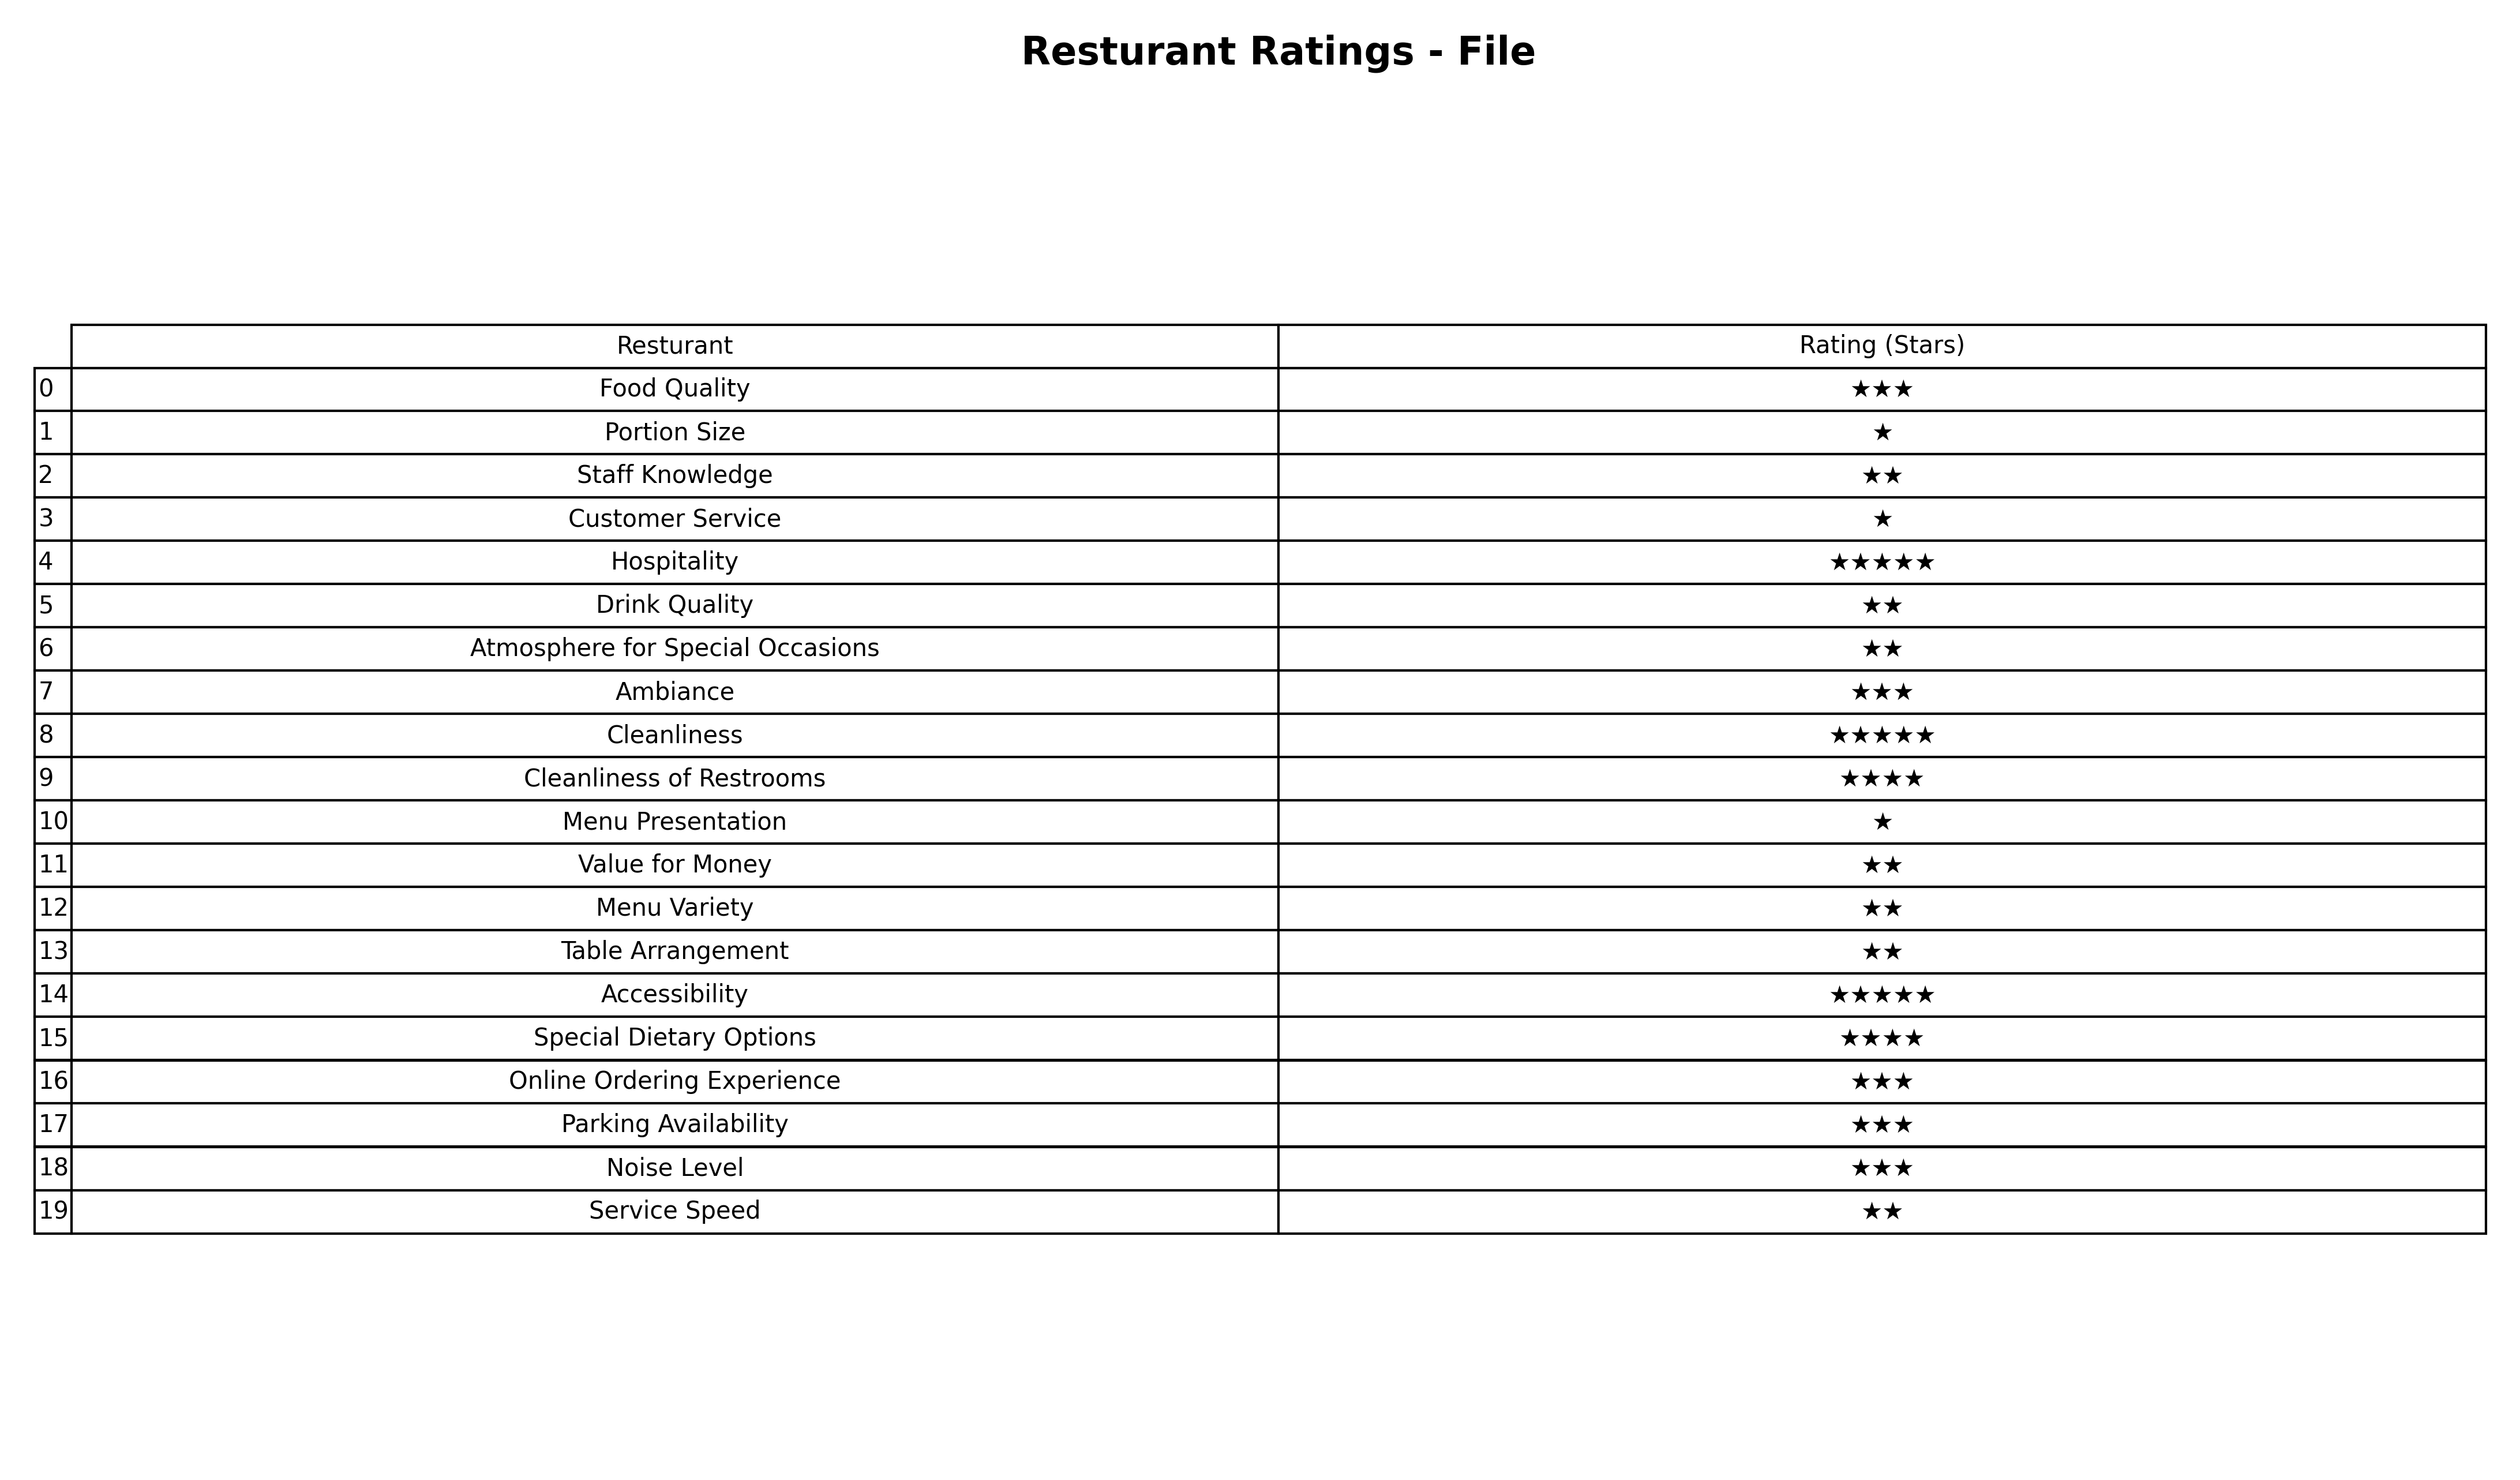
question: What is the rating of Cleanliness?
answer: ★★★★★